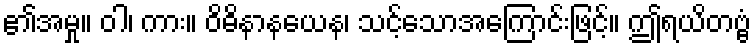
၏အမှု။ ဝါ၊ ကား။ ဝိဓိနာနယေန၊ သင့်သောအကြောင်းဖြင့်။ ဤရယိတဗ္ဗံ